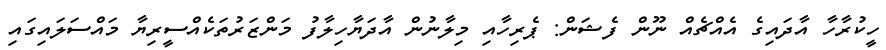
ހީކުރާހާ އާދައިގެ އެއްޗެއް ނޫން ފެޝަން: ޕެރިހާއި މިލާނުން އާދަޔާހިލާފު މަންޒަރުތަކެއްސީރިޔާ މައްސަލައިގައި